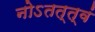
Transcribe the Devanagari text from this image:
नोऽतत्त्वं